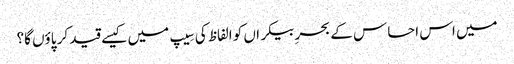
میں اس احساس کے بحرِ بیکراں کو الفاظ کی سِیپ میں کیسے قید کر پاؤں گا؟